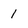
Character: 1